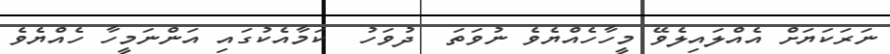
ނަރަކަޔަށް އެއްލައިލެވޭ މީހާހެއްޔެވެ ނުވަތަ  ދުވަހު  ކަމާއެކުގައި އަންނަމީހާ ހެއްޔެވެ